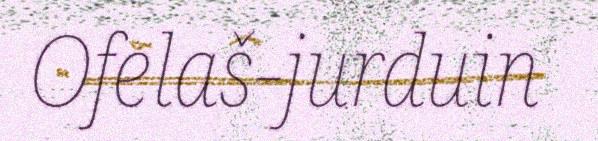
Ofelaš-jurduin